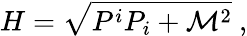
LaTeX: H=\sqrt{P^{i}P_{i}+\mathcal{M}^{2}}\ ,